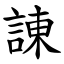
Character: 諌